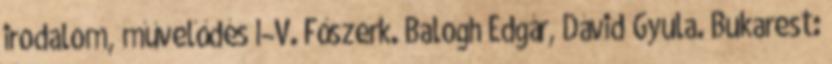
irodalom, művelődés I–V. Főszerk. Balogh Edgár, Dávid Gyula. Bukarest: